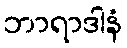
ဘာရာဒါနံ